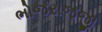
ભોજરાજજી